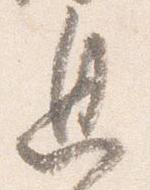
息